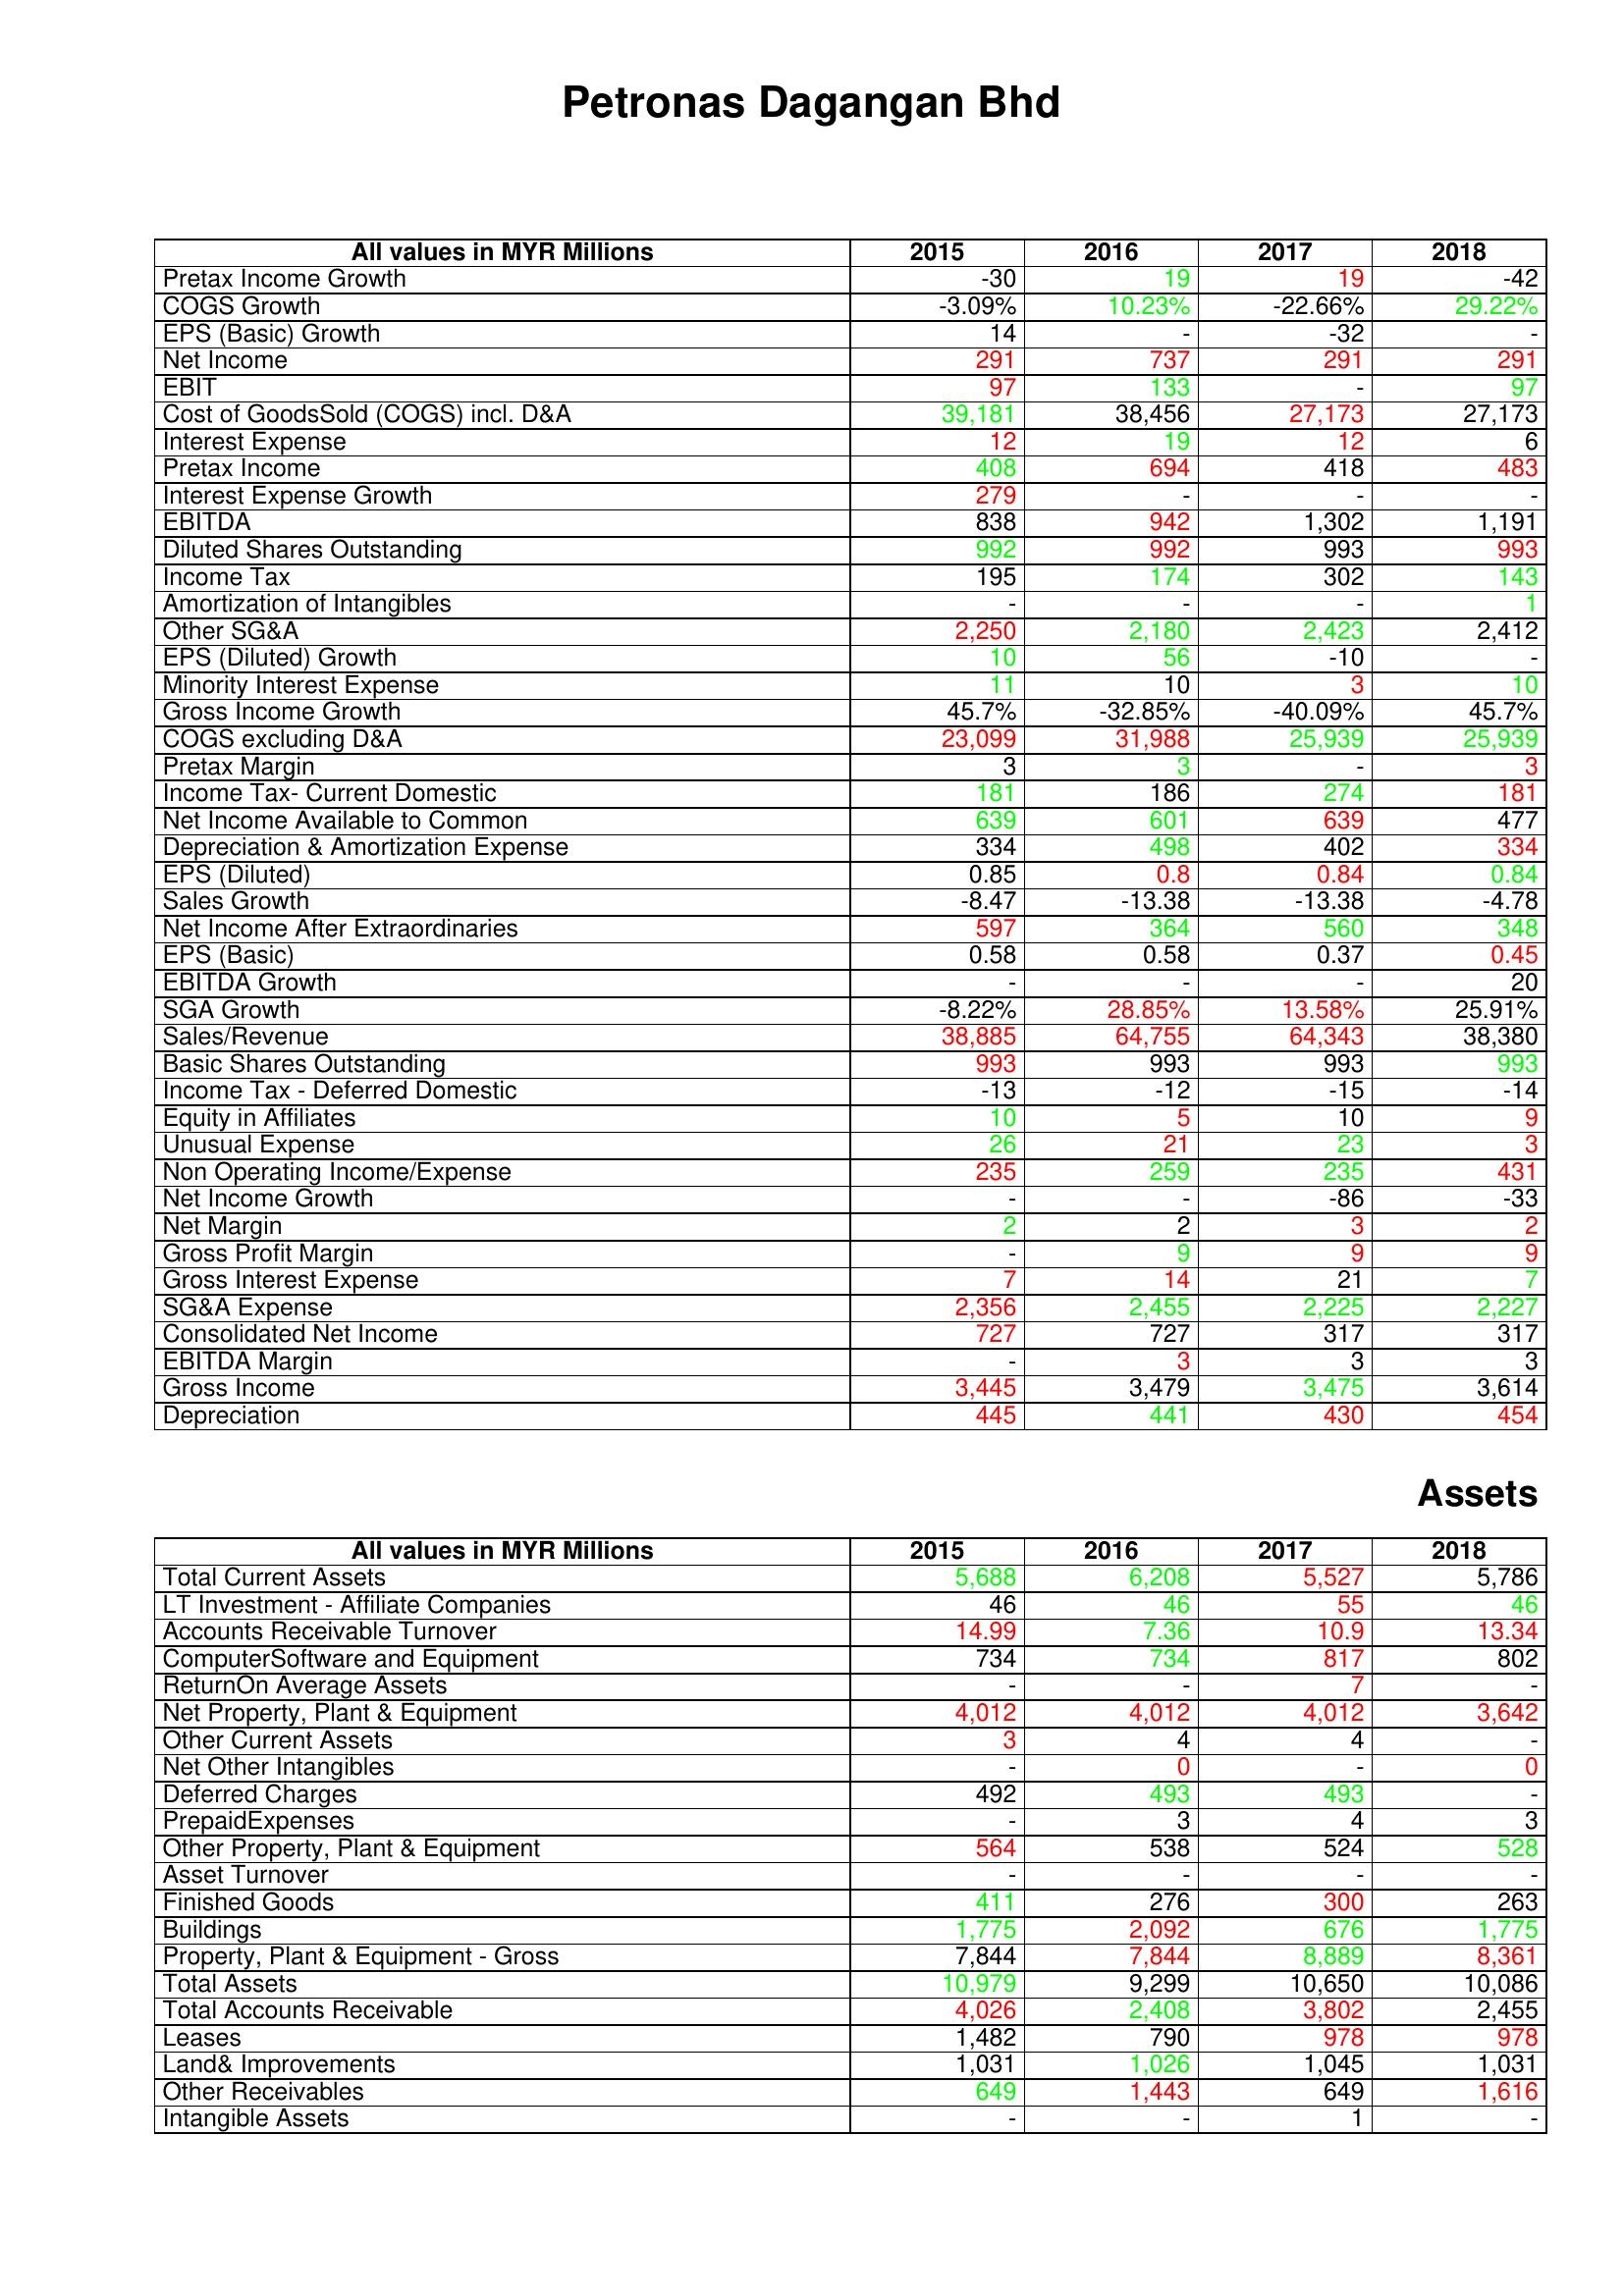
gt_parse: 2015: : Pretax Income Growth: -30
COGS Growth: -3.09%
EPS (Basic) Growth: 14
Net Income: 291
EBIT: 97
Cost of GoodsSold (COGS) incl. D&A: 39,181
Interest Expense: 12
Pretax Income: 408
Interest Expense Growth: 279
EBITDA: 838
Diluted Shares Outstanding: 992
Income Tax: 195
Amortization of Intangibles: -
Other SG&A: 2,250
EPS (Diluted) Growth: 10
Minority Interest Expense: 11
Gross Income Growth: 45.7%
COGS excluding D&A: 23,099
Pretax Margin: 3
Income Tax- Current Domestic: 181
Net Income Available to Common: 639
Depreciation & Amortization Expense: 334
EPS (Diluted): 0.85
Sales Growth: -8.47
Net Income After Extraordinaries: 597
EPS (Basic): 0.58
EBITDA Growth: -
SGA Growth: -8.22%
Sales/Revenue: 38,885
Basic Shares Outstanding: 993
Income Tax - Deferred Domestic: -13
Equity in Affiliates: 10
Unusual Expense: 26
Non Operating Income/Expense: 235
Net Income Growth: -
Net Margin: 2
Gross Profit Margin: -
Gross Interest Expense: 7
SG&A Expense: 2,356
Consolidated Net Income: 727
EBITDA Margin: -
Gross Income: 3,445
Depreciation: 445
Assets: Total Current Assets: 5,688
LT Investment - Affiliate Companies: 46
Accounts Receivable Turnover: 14.99
ComputerSoftware and Equipment: 734
ReturnOn Average Assets: -
Net Property, Plant & Equipment: 4,012
Other Current Assets: 3
Net Other Intangibles: -
Deferred Charges: 492
PrepaidExpenses: -
Other Property, Plant & Equipment: 564
Asset Turnover: -
Finished Goods: 411
Buildings: 1,775
Property, Plant & Equipment - Gross : 7,844
Total Assets: 10,979
Total Accounts Receivable: 4,026
Leases: 1,482
Land& Improvements: 1,031
Other Receivables: 649
Intangible Assets: -
2016: : Pretax Income Growth: 19
COGS Growth: 10.23%
EPS (Basic) Growth: -
Net Income: 737
EBIT: 133
Cost of GoodsSold (COGS) incl. D&A: 38,456
Interest Expense: 19
Pretax Income: 694
Interest Expense Growth: -
EBITDA: 942
Diluted Shares Outstanding: 992
Income Tax: 174
Amortization of Intangibles: -
Other SG&A: 2,180
EPS (Diluted) Growth: 56
Minority Interest Expense: 10
Gross Income Growth: -32.85%
COGS excluding D&A: 31,988
Pretax Margin: 3
Income Tax- Current Domestic: 186
Net Income Available to Common: 601
Depreciation & Amortization Expense: 498
EPS (Diluted): 0.8
Sales Growth: -13.38
Net Income After Extraordinaries: 364
EPS (Basic): 0.58
EBITDA Growth: -
SGA Growth: 28.85%
Sales/Revenue: 64,755
Basic Shares Outstanding: 993
Income Tax - Deferred Domestic: -12
Equity in Affiliates: 5
Unusual Expense: 21
Non Operating Income/Expense: 259
Net Income Growth: -
Net Margin: 2
Gross Profit Margin: 9
Gross Interest Expense: 14
SG&A Expense: 2,455
Consolidated Net Income: 727
EBITDA Margin: 3
Gross Income: 3,479
Depreciation: 441
Assets: Total Current Assets: 6,208
LT Investment - Affiliate Companies: 46
Accounts Receivable Turnover: 7.36
ComputerSoftware and Equipment: 734
ReturnOn Average Assets: -
Net Property, Plant & Equipment: 4,012
Other Current Assets: 4
Net Other Intangibles: 0
Deferred Charges: 493
PrepaidExpenses: 3
Other Property, Plant & Equipment: 538
Asset Turnover: -
Finished Goods: 276
Buildings: 2,092
Property, Plant & Equipment - Gross : 7,844
Total Assets: 9,299
Total Accounts Receivable: 2,408
Leases: 790
Land& Improvements: 1,026
Other Receivables: 1,443
Intangible Assets: -
2017: : Pretax Income Growth: 19
COGS Growth: -22.66%
EPS (Basic) Growth: -32
Net Income: 291
EBIT: -
Cost of GoodsSold (COGS) incl. D&A: 27,173
Interest Expense: 12
Pretax Income: 418
Interest Expense Growth: -
EBITDA: 1,302
Diluted Shares Outstanding: 993
Income Tax: 302
Amortization of Intangibles: -
Other SG&A: 2,423
EPS (Diluted) Growth: -10
Minority Interest Expense: 3
Gross Income Growth: -40.09%
COGS excluding D&A: 25,939
Pretax Margin: -
Income Tax- Current Domestic: 274
Net Income Available to Common: 639
Depreciation & Amortization Expense: 402
EPS (Diluted): 0.84
Sales Growth: -13.38
Net Income After Extraordinaries: 560
EPS (Basic): 0.37
EBITDA Growth: -
SGA Growth: 13.58%
Sales/Revenue: 64,343
Basic Shares Outstanding: 993
Income Tax - Deferred Domestic: -15
Equity in Affiliates: 10
Unusual Expense: 23
Non Operating Income/Expense: 235
Net Income Growth: -86
Net Margin: 3
Gross Profit Margin: 9
Gross Interest Expense: 21
SG&A Expense: 2,225
Consolidated Net Income: 317
EBITDA Margin: 3
Gross Income: 3,475
Depreciation: 430
Assets: Total Current Assets: 5,527
LT Investment - Affiliate Companies: 55
Accounts Receivable Turnover: 10.9
ComputerSoftware and Equipment: 817
ReturnOn Average Assets: 7
Net Property, Plant & Equipment: 4,012
Other Current Assets: 4
Net Other Intangibles: -
Deferred Charges: 493
PrepaidExpenses: 4
Other Property, Plant & Equipment: 524
Asset Turnover: -
Finished Goods: 300
Buildings: 676
Property, Plant & Equipment - Gross : 8,889
Total Assets: 10,650
Total Accounts Receivable: 3,802
Leases: 978
Land& Improvements: 1,045
Other Receivables: 649
Intangible Assets: 1
2018: : Pretax Income Growth: -42
COGS Growth: 29.22%
EPS (Basic) Growth: -
Net Income: 291
EBIT: 97
Cost of GoodsSold (COGS) incl. D&A: 27,173
Interest Expense: 6
Pretax Income: 483
Interest Expense Growth: -
EBITDA: 1,191
Diluted Shares Outstanding: 993
Income Tax: 143
Amortization of Intangibles: 1
Other SG&A: 2,412
EPS (Diluted) Growth: -
Minority Interest Expense: 10
Gross Income Growth: 45.7%
COGS excluding D&A: 25,939
Pretax Margin: 3
Income Tax- Current Domestic: 181
Net Income Available to Common: 477
Depreciation & Amortization Expense: 334
EPS (Diluted): 0.84
Sales Growth: -4.78
Net Income After Extraordinaries: 348
EPS (Basic): 0.45
EBITDA Growth: 20
SGA Growth: 25.91%
Sales/Revenue: 38,380
Basic Shares Outstanding: 993
Income Tax - Deferred Domestic: -14
Equity in Affiliates: 9
Unusual Expense: 3
Non Operating Income/Expense: 431
Net Income Growth: -33
Net Margin: 2
Gross Profit Margin: 9
Gross Interest Expense: 7
SG&A Expense: 2,227
Consolidated Net Income: 317
EBITDA Margin: 3
Gross Income: 3,614
Depreciation: 454
Assets: Total Current Assets: 5,786
LT Investment - Affiliate Companies: 46
Accounts Receivable Turnover: 13.34
ComputerSoftware and Equipment: 802
ReturnOn Average Assets: -
Net Property, Plant & Equipment: 3,642
Other Current Assets: -
Net Other Intangibles: 0
Deferred Charges: -
PrepaidExpenses: 3
Other Property, Plant & Equipment: 528
Asset Turnover: -
Finished Goods: 263
Buildings: 1,775
Property, Plant & Equipment - Gross : 8,361
Total Assets: 10,086
Total Accounts Receivable: 2,455
Leases: 978
Land& Improvements: 1,031
Other Receivables: 1,616
Intangible Assets: -